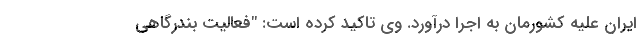
ایران علیه کشورمان به اجرا درآورد. وی تاکید کرده است: "فعالیت بندرگاهی